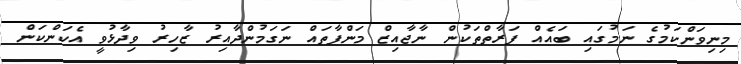
މިނިވަންކަމުގެ ނަމުގައި ބައެއް ފަރާތްތަކުން ނާޖާއިޒް މަންފާތައް ނަގަމުންދާއިރު ޒާހިރު ވިދާޅުވީ އެކަންކަން